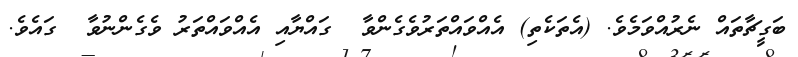
ބަގީޗާތައް ނެރުއްވަމެވެ. (އެތަކެތި) އެއްވައްތަރުވެގެންވާ  ގައްޔާއި އެއްވައްތަރު ވެގެންނުވާ  ގައެވެ.